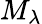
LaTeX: M_{\lambda}